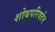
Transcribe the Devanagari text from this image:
शोथपरिवर्तन